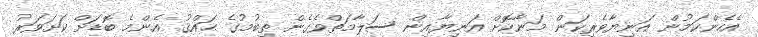
އެހެންކަމުން އަނިޔާވެރިކަން މަނާކޮށް އަނިޔާއިން ސަލާމަތްވެގެން ތިބުމުގެ ޙައްޤު އެންމެ ބޮޑަށް ކަށަވަރު